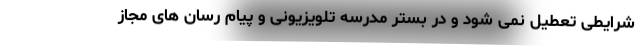
شرایطی تعطیل نمی شود و در بستر مدرسه تلویزیونی و پیام رسان های مجاز